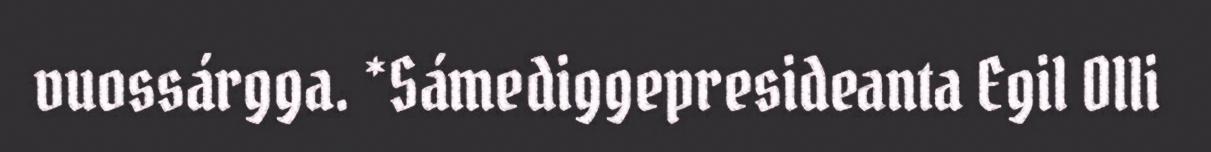
vuossárgga. *Sámediggepresideanta Egil Olli